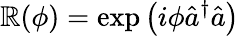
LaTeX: \mathbb{R}(\phi)=\exp\left(i\phi\hat{{a}}^{\dagger}\hat{{a}}\right)